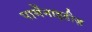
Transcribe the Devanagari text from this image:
पार्मेंनाइडीज़